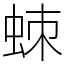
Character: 𧊸